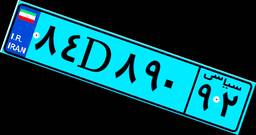
۸۴D۸۹۰۹۲